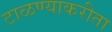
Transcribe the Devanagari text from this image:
टाळण्याकरीता